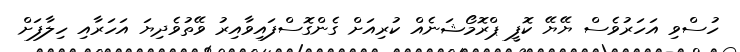
ހުސްވި އަހަރުވެސް ޔޭޔޭ ކޮފީ ޕްރޮމޯޝަނެއް ކުރިއަށް ގެންގޮސްފައިވާއިރު ވޭތުވެދިޔަ އަހަރާއި ހިލާފަށް